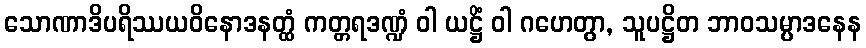
သောဏာဒိပရိဿယဝိနောဒနတ္ထံ ကတ္တရဒဏ္ဍံ ဝါ ယဋ္ဌိံ ဝါ ဂဟေတွာ, သူပဋ္ဌိတ ဘာဝသမ္ပာဒနေန